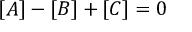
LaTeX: [ A ] - [ B ] + [ C ] = 0